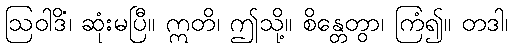
ဩဝါဒိံ၊ ဆုံးမပြီ။ ဣတိ၊ ဤသို့။ စိန္တေတွာ၊ ကြံ၍။ တဒါ၊